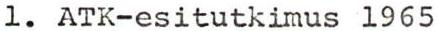
1. ATK-esitutkimus 1965